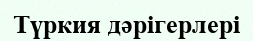
Түркия дәрігерлері